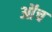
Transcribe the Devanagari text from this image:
ऑंच